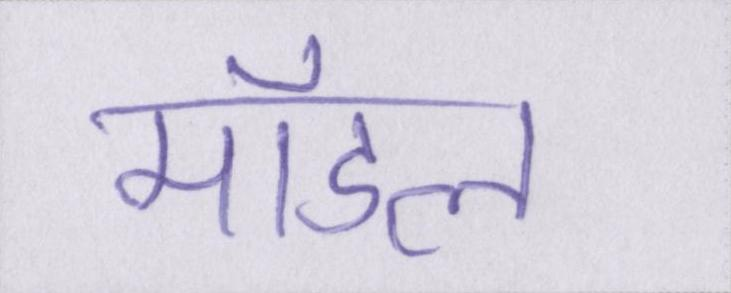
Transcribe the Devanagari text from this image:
मॉडल